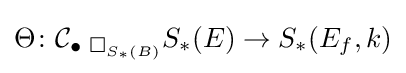
\Theta \colon \mathbf {\mathcal {C}} _{\bullet {{\text{  }}\Box _{S_{\ast }(B)}}}S_{\ast }(E)\rightarrow S_{\ast }(E_{f},k)